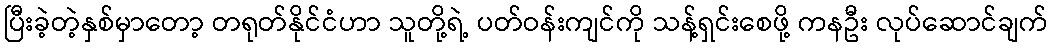
ပြီးခဲ့တဲ့နှစ်မှာတော့ တရုတ်နိုင်ငံဟာ သူတို့ရဲ့ ပတ်ဝန်းကျင်ကို သန့်ရှင်းစေဖို့ ကနဦး လုပ်ဆောင်ချက်